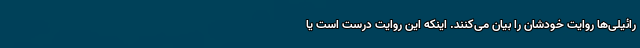
رائیلی‌ها روایت خودشان را بیان می‌کنند. اینکه این روایت درست است یا